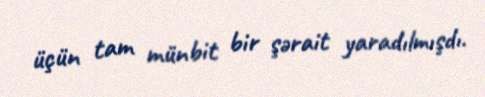
üçün tam münbit bir şərait yaradılmışdı.